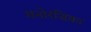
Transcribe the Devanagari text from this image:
मनोरंजिका